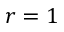
r = 1